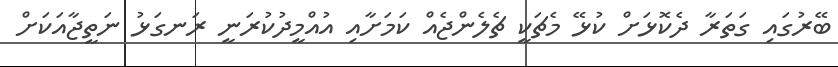
ބޭރުގައި ގަތަރާ ދެކޮޅަށް ކުޅޭ މެޗަކީ ޗެލެންޖެއް ކަމަށާއި އުއްމީދުކުރަނީ ރަނގަޅު ނަތީޖާއަކަށް